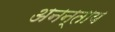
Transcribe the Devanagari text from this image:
अनन्ताय